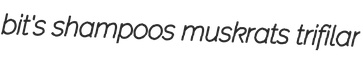
bit's shampoos muskrats trifilar